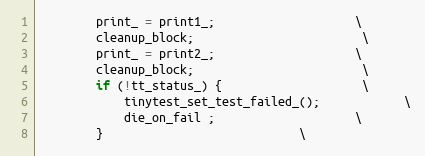
Language: C
		print_ = print1_;					\
		cleanup_block;						\
		print_ = print2_;					\
		cleanup_block;						\
		if (!tt_status_) {					\
			tinytest_set_test_failed_();			\
			die_on_fail ;					\
		}							\